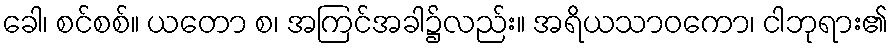
ခေါ၊ စင်စစ်။ ယတော စ၊ အကြင်အခါ၌လည်း။ အရိယသာဝကော၊ ငါဘုရား၏